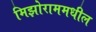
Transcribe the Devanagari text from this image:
मिझोराममधील